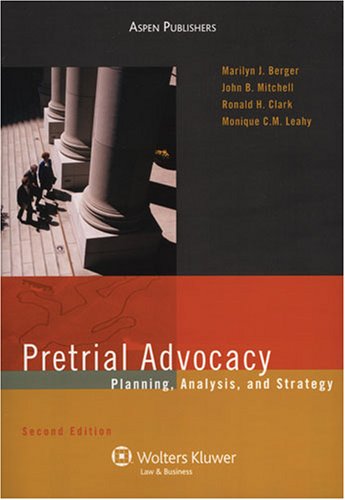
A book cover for Pretrial Advocacy: Planning, Analysis, and Strategy (Coursebook); Marilyn J. Berger; Law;